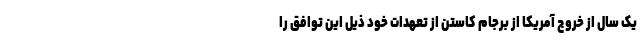
یک سال از خروج آمریکا از برجام کاستن از تعهدات خود ذیل این توافق را